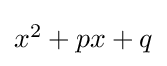
\textstyle x^{2}+px+q